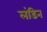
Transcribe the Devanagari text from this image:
लंडिन